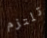
تلتزم